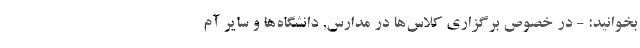
بخوانید: - در خصوص برگزاری کلاس‌ها در مدارس, دانشگاه‌ها و سایر آم